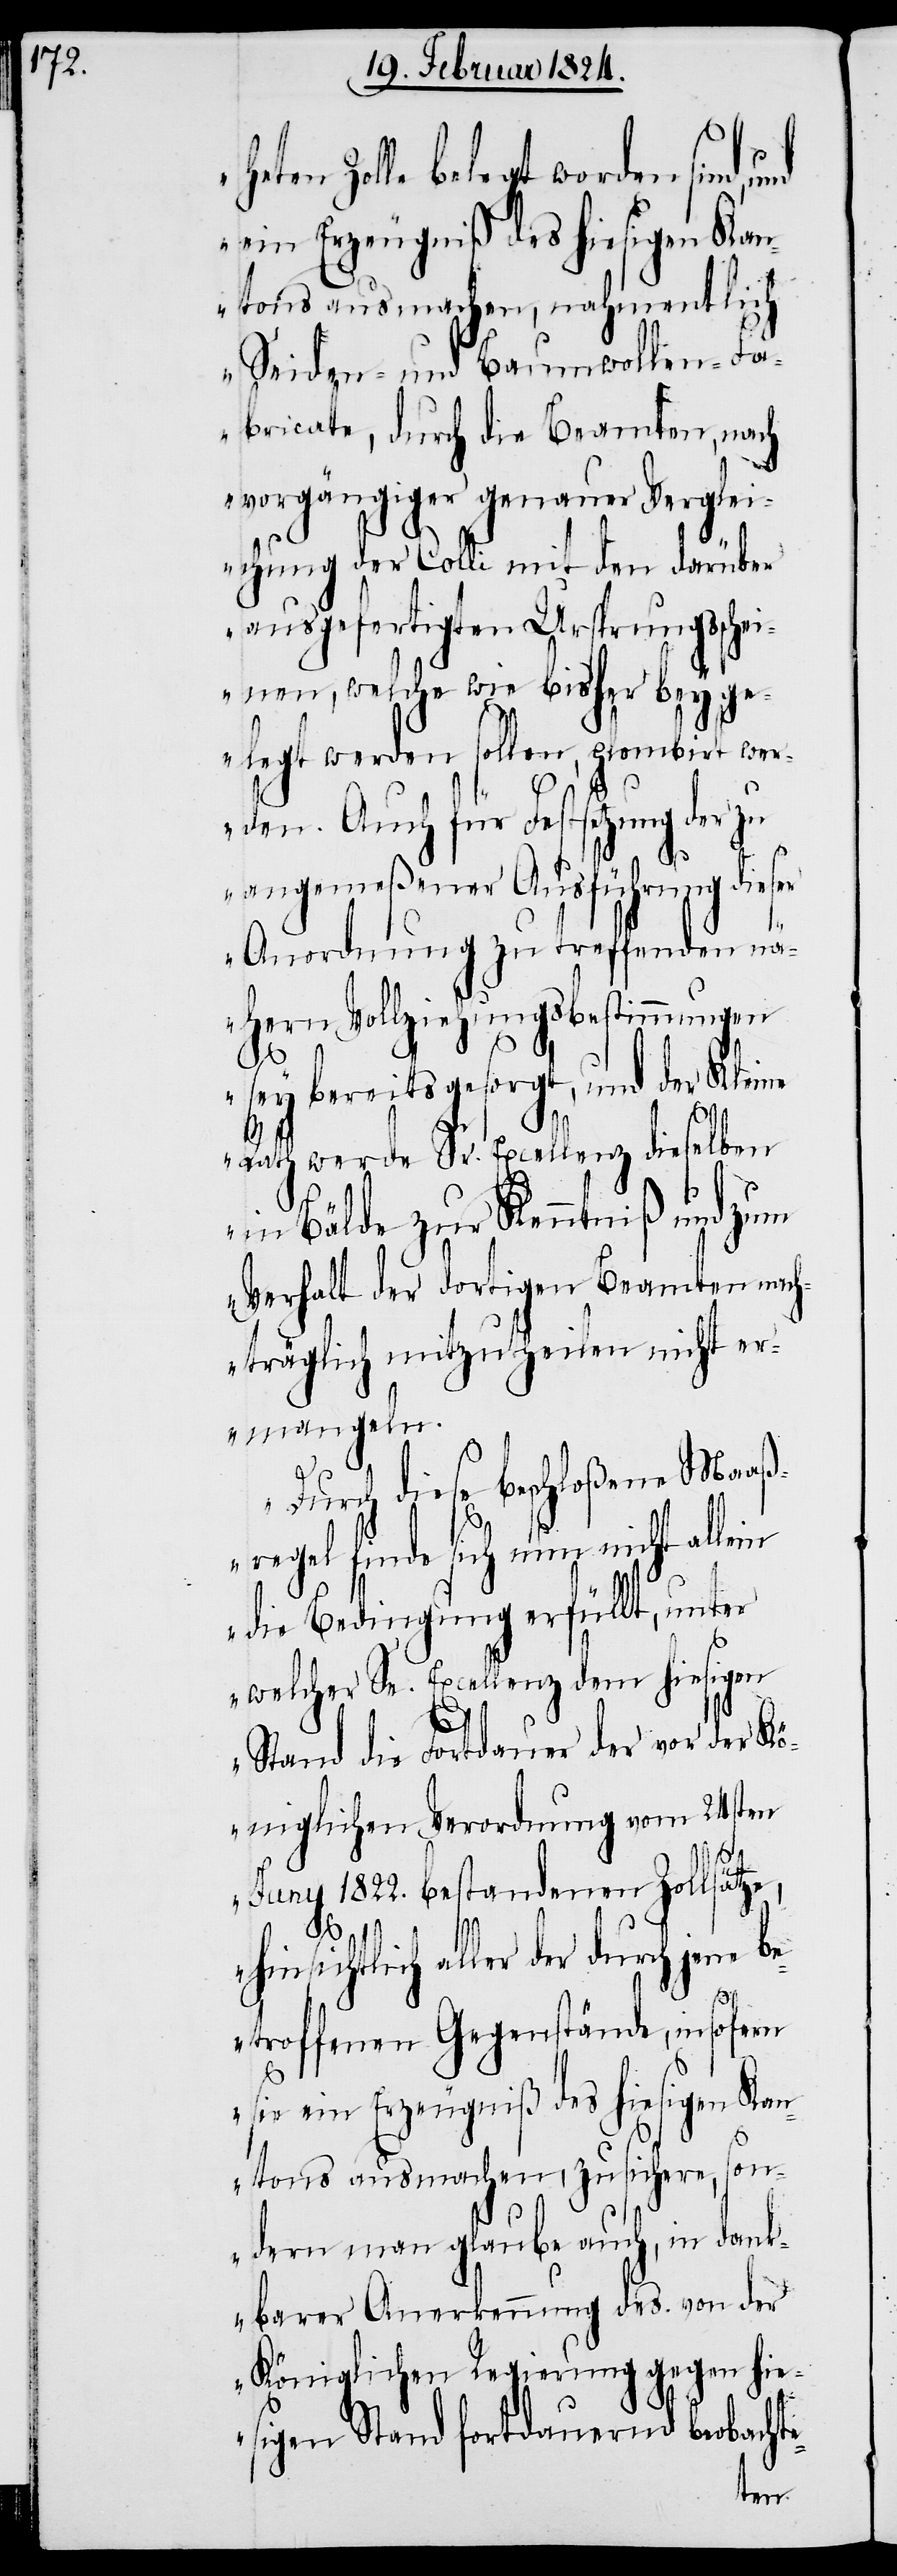
eten Zolle belegt worden sind,
ein Erzeugniß des hiesigen Kan¬
tons ausmachen , nahmentlich
Seiden- und Baumwollen-Fa¬
brikate, durch die Beamten, nach
vorgängiger genauer Verglei¬
chung der Colli mit den darüber
ausgefertigten Ursprungsschein¬
en, welche wie bisher beyg¬
elegt werden sollen, plombirt wer¬
den. Auch für Festsetzung der zu
angemeßener Ausführung die¬
Anordnung zu treffenden nä¬
hern Vollziehungsbestimmungen
sey bereits gesorgt, und der Kleine
Rath werde Sr. Excellenz dieselben
in Bälde zur Kenntniß und zum
Verhalt der dortigen Beamten nach¬
träglich mitzutheilen nicht er¬
mangeln.
Durch diese beschloßene Maaß¬
regel finde sich nun nicht al¬
die Bedingung erfüllt, unter
welcher Se. Excellenz dem hiesigen
Stand die Fortdauer der vor der Kö¬
niglichen Verordnung vom 24sten
e-
Juny 1822. bestandenen Zollsätze,
hinsichtlich aller der durch jene b¬
etroffenen Gegenstände, insofern
sie ein Erzeugniß des hiesigen Kan¬
tons ausmachen, zu sichern, son¬
dern man glaube auch, in dank¬
barer Anerkennung des von der
Königlichen Regierung gegen hie¬
sigen Stand fortdauernd beobacht¬
lein